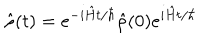
\hat { \rho } ( t ) = e ^ { - i \hat { H } t / \hbar } \hat { \rho } ( 0 ) e ^ { i \hat { H } t / \hbar }